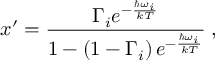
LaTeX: x ^ { \prime } = \frac { \Gamma _ { i } e ^ { - { \frac { \hbar \omega _ { i } } { k T } } } } { 1 - \left( 1 - \Gamma _ { i } \right) e ^ { - { \frac { \hbar \omega _ { i } } { k T } } } } \; ,